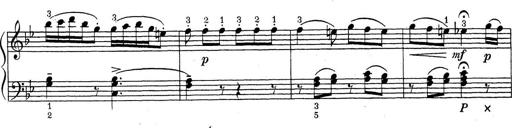
Title: ÄŒeskÃ© Sonatiny
Composer: Various